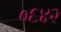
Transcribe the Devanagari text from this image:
०६४२